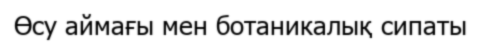
Өсу аймағы мен ботаникалық сипаты